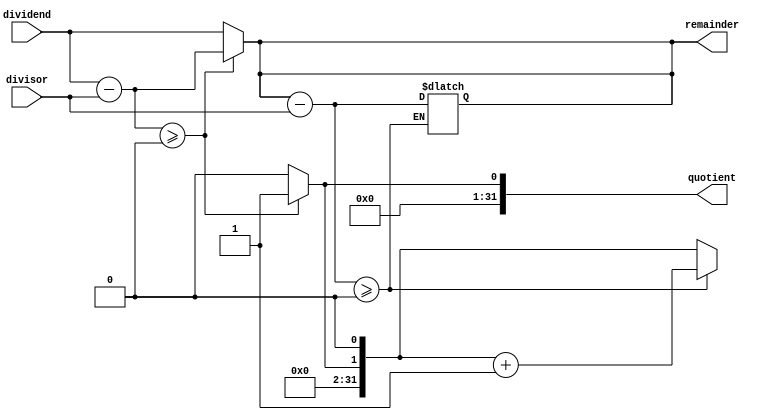
module Pipelined_Divider (
    input wire [31:0] dividend,
    input wire [31:0] divisor,
    output wire [31:0] quotient,
    output wire [31:0] remainder
);

// Arithmetic block 1 - Compare the dividend and divisor
reg [31:0] diff;
reg [31:0] temp_quotient;
reg [31:0] temp_remainder;

always @ (dividend, divisor)
begin
    diff = dividend - divisor;
    temp_quotient = 0;
    temp_remainder = dividend;

    if (diff >= 0) begin
        temp_quotient = temp_quotient + 1;
        temp_remainder = diff;
    end
end

// Arithmetic block 2 - Subtract divisor from remainder
reg [31:0] diff2;

always @ (temp_remainder, divisor)
begin
    diff2 = temp_remainder - divisor;
    temp_quotient = temp_quotient << 1;

    if (diff2 >= 0) begin
        temp_quotient = temp_quotient + 1;
        temp_remainder = diff2;
    end
end

// Output final quotient and remainder
assign quotient = temp_quotient;
assign remainder = temp_remainder;

endmodule